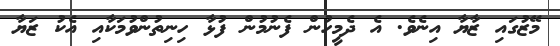
މޭޒުގައި ޒާޔާ އިނެވެ. އެ ދެމީހުން ފެނުމުން ފުޅާ ހިނިތުންވުމަކާއި އެކު ޒަޔާ